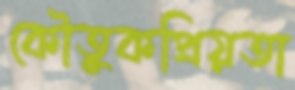
কৌতুকপ্রিয়তা